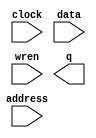
// megafunction wizard: %RAM: 1-PORT%VBB%
// GENERATION: STANDARD
// VERSION: WM1.0
// MODULE: altsyncram 

// ============================================================
// Megafunction Name(s):
// 			altsyncram
//
// Simulation Library Files(s):
// 			altera_mf
// ============================================================
// ************************************************************
// THIS IS A WIZARD-GENERATED FILE. DO NOT EDIT THIS FILE!
//
// 22.1std.1 Build 917 02/14/2023 SC Lite Edition
// ************************************************************

//Copyright (C) 2023  Intel Corporation. All rights reserved.
//Your use of Intel Corporation's design tools, logic functions 
//and other software and tools, and any partner logic 
//functions, and any output files from any of the foregoing 
//(including device programming or simulation files), and any 
//associated documentation or information are expressly subject 
//to the terms and conditions of the Intel Program License 
//Subscription Agreement, the Intel Quartus Prime License Agreement,
//the Intel FPGA IP License Agreement, or other applicable license
//agreement, including, without limitation, that your use is for
//the sole purpose of programming logic devices manufactured by
//Intel and sold by Intel or its authorized distributors.  Please
//refer to the applicable agreement for further details, at
//https://fpgasoftware.intel.com/eula.

module sdram (
	address,
	clock,
	data,
	wren,
	q);

	input	[7:0]  address;
	input	  clock;
	input	[15:0]  data;
	input	  wren;
	output	[15:0]  q;
`ifndef ALTERA_RESERVED_QIS
// synopsys translate_off
`endif
	tri1	  clock;
`ifndef ALTERA_RESERVED_QIS
// synopsys translate_on
`endif

endmodule

// ============================================================
// CNX file retrieval info
// ============================================================
// Retrieval info: PRIVATE: ADDRESSSTALL_A NUMERIC "0"
// Retrieval info: PRIVATE: AclrAddr NUMERIC "0"
// Retrieval info: PRIVATE: AclrByte NUMERIC "0"
// Retrieval info: PRIVATE: AclrData NUMERIC "0"
// Retrieval info: PRIVATE: AclrOutput NUMERIC "0"
// Retrieval info: PRIVATE: BYTE_ENABLE NUMERIC "0"
// Retrieval info: PRIVATE: BYTE_SIZE NUMERIC "8"
// Retrieval info: PRIVATE: BlankMemory NUMERIC "0"
// Retrieval info: PRIVATE: CLOCK_ENABLE_INPUT_A NUMERIC "0"
// Retrieval info: PRIVATE: CLOCK_ENABLE_OUTPUT_A NUMERIC "0"
// Retrieval info: PRIVATE: Clken NUMERIC "0"
// Retrieval info: PRIVATE: DataBusSeparated NUMERIC "1"
// Retrieval info: PRIVATE: IMPLEMENT_IN_LES NUMERIC "0"
// Retrieval info: PRIVATE: INIT_FILE_LAYOUT STRING "PORT_A"
// Retrieval info: PRIVATE: INIT_TO_SIM_X NUMERIC "0"
// Retrieval info: PRIVATE: INTENDED_DEVICE_FAMILY STRING "MAX 10"
// Retrieval info: PRIVATE: JTAG_ENABLED NUMERIC "0"
// Retrieval info: PRIVATE: JTAG_ID STRING "NONE"
// Retrieval info: PRIVATE: MAXIMUM_DEPTH NUMERIC "0"
// Retrieval info: PRIVATE: MIFfilename STRING "./memoryInit/FrameBufferInit.mif"
// Retrieval info: PRIVATE: NUMWORDS_A NUMERIC "256"
// Retrieval info: PRIVATE: RAM_BLOCK_TYPE NUMERIC "0"
// Retrieval info: PRIVATE: READ_DURING_WRITE_MODE_PORT_A NUMERIC "1"
// Retrieval info: PRIVATE: RegAddr NUMERIC "1"
// Retrieval info: PRIVATE: RegData NUMERIC "1"
// Retrieval info: PRIVATE: RegOutput NUMERIC "0"
// Retrieval info: PRIVATE: SYNTH_WRAPPER_GEN_POSTFIX STRING "0"
// Retrieval info: PRIVATE: SingleClock NUMERIC "1"
// Retrieval info: PRIVATE: UseDQRAM NUMERIC "1"
// Retrieval info: PRIVATE: WRCONTROL_ACLR_A NUMERIC "0"
// Retrieval info: PRIVATE: WidthAddr NUMERIC "8"
// Retrieval info: PRIVATE: WidthData NUMERIC "16"
// Retrieval info: PRIVATE: rden NUMERIC "0"
// Retrieval info: LIBRARY: altera_mf altera_mf.altera_mf_components.all
// Retrieval info: CONSTANT: CLOCK_ENABLE_INPUT_A STRING "BYPASS"
// Retrieval info: CONSTANT: CLOCK_ENABLE_OUTPUT_A STRING "BYPASS"
// Retrieval info: CONSTANT: INIT_FILE STRING "./memoryInit/FrameBufferInit.mif"
// Retrieval info: CONSTANT: INTENDED_DEVICE_FAMILY STRING "MAX 10"
// Retrieval info: CONSTANT: LPM_HINT STRING "ENABLE_RUNTIME_MOD=NO"
// Retrieval info: CONSTANT: LPM_TYPE STRING "altsyncram"
// Retrieval info: CONSTANT: NUMWORDS_A NUMERIC "256"
// Retrieval info: CONSTANT: OPERATION_MODE STRING "SINGLE_PORT"
// Retrieval info: CONSTANT: OUTDATA_ACLR_A STRING "NONE"
// Retrieval info: CONSTANT: OUTDATA_REG_A STRING "UNREGISTERED"
// Retrieval info: CONSTANT: POWER_UP_UNINITIALIZED STRING "FALSE"
// Retrieval info: CONSTANT: READ_DURING_WRITE_MODE_PORT_A STRING "OLD_DATA"
// Retrieval info: CONSTANT: WIDTHAD_A NUMERIC "8"
// Retrieval info: CONSTANT: WIDTH_A NUMERIC "16"
// Retrieval info: CONSTANT: WIDTH_BYTEENA_A NUMERIC "1"
// Retrieval info: USED_PORT: address 0 0 8 0 INPUT NODEFVAL "address[7..0]"
// Retrieval info: USED_PORT: clock 0 0 0 0 INPUT VCC "clock"
// Retrieval info: USED_PORT: data 0 0 16 0 INPUT NODEFVAL "data[15..0]"
// Retrieval info: USED_PORT: q 0 0 16 0 OUTPUT NODEFVAL "q[15..0]"
// Retrieval info: USED_PORT: wren 0 0 0 0 INPUT NODEFVAL "wren"
// Retrieval info: CONNECT: @address_a 0 0 8 0 address 0 0 8 0
// Retrieval info: CONNECT: @clock0 0 0 0 0 clock 0 0 0 0
// Retrieval info: CONNECT: @data_a 0 0 16 0 data 0 0 16 0
// Retrieval info: CONNECT: @wren_a 0 0 0 0 wren 0 0 0 0
// Retrieval info: CONNECT: q 0 0 16 0 @q_a 0 0 16 0
// Retrieval info: GEN_FILE: TYPE_NORMAL sdram.v TRUE
// Retrieval info: GEN_FILE: TYPE_NORMAL sdram.inc FALSE
// Retrieval info: GEN_FILE: TYPE_NORMAL sdram.cmp FALSE
// Retrieval info: GEN_FILE: TYPE_NORMAL sdram.bsf FALSE
// Retrieval info: GEN_FILE: TYPE_NORMAL sdram_inst.v FALSE
// Retrieval info: GEN_FILE: TYPE_NORMAL sdram_bb.v TRUE
// Retrieval info: LIB_FILE: altera_mf